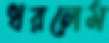
ধরলেম